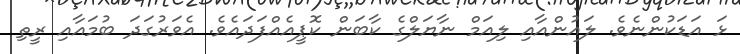
ޅަ އަޑަކުންނެވެ. ލައުންއާއި ލިއަމް ނާޔަލްގެ ކާބަން ކޮޕީއެއްފަދައެވެ. އެވަރުގަދަ ބުމައާއި ރީތި